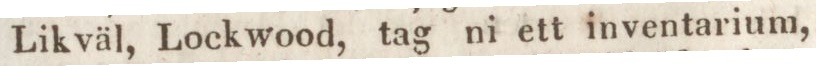
Likväl, Lockwood, tag ni ett inventarium,